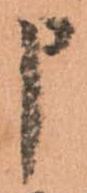
申